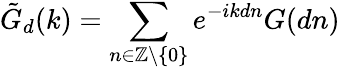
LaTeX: \tilde{G}_{d}(k)=\sum_{n\in\mathbb{Z}\backslash\{ 0\} }e^{-ikdn}G(dn)